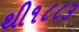
થી૧૮૮૩